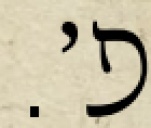
פ׳.